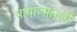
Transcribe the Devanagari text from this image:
पाषाणातली